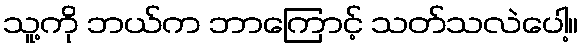
သူ့ကို ဘယ်က ဘာကြောင့် သတ်သလဲပေါ့။